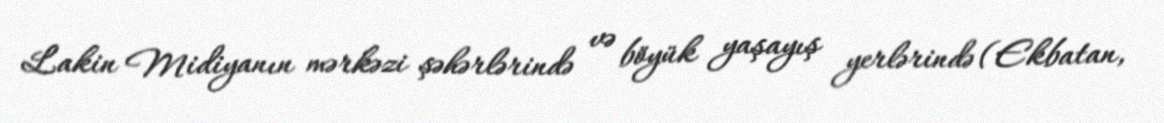
Lakin Midiyanın mərkəzi şəhərlərində və böyük yaşayış yerlərində (Ekbatan,